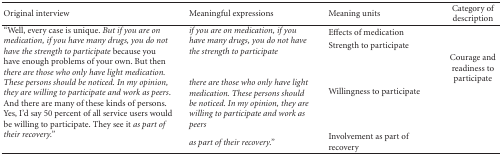
| Original interview | Meaningful expressions | Meaning units | Category of description |
 | --- | --- | --- | --- |
 | <ROWSPAN=4> “Well, every case is unique. But if you are on medication, if you have many drugs, you do not have the strength to participate because you have enough problems of your own. But then there are those who only have light medication. These persons should be noticed. In my opinion, they are willing to participate and work as peers. And there are many of these kinds of persons. Yes, I'd say 50 percent of all service users would be willing to participate. They see it as part of their recovery.” | <ROWSPAN=2> if you are on medication, if you have many drugs, you do not have the strength to participate | Effects of medication |  |
 | Strength to participate | <ROWSPAN=3> Courage and readiness to participate |
 | there are those who only have light medication. These persons should be noticed. In my opinion, they are willing to participate and work as peers | Willingness to participate |
 | as part of their recovery.” | Involvement as part of recovery |